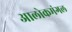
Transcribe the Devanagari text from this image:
आलोकमंगल